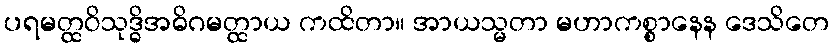
ပရမတ္ထဝိသုဒ္ဓိအဓိဂမတ္ထာယ ကထိတာ။ အာယသ္မတာ မဟာကစ္စာနေန ဒေသိတေ